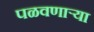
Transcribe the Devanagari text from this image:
पळवणार्‍या